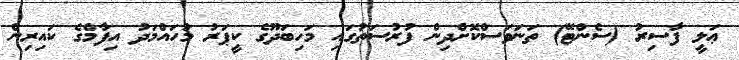
ޢަލީ ފާސިރު (ސެންޓޭ) ތަނަވަސްކޮށްދިން ފުރުސަތުގައި މަހިބަދޫގެ ކީޕަރު މުހައްމަދު އިފާމްގެ ކައިރިން